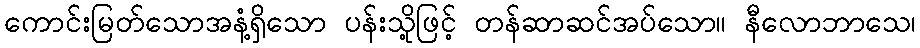
ကောင်းမြတ်သောအနံ့ရှိသော ပန်းသို့ဖြင့် တန်ဆာဆင်အပ်သော။ နီလောဘာသေ၊